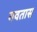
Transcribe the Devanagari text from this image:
गवतास